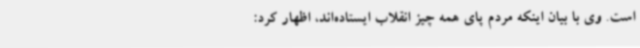
است. وی با بیان اینکه مردم پای همه چیز انقلاب ایستاده‌اند، اظهار کرد: